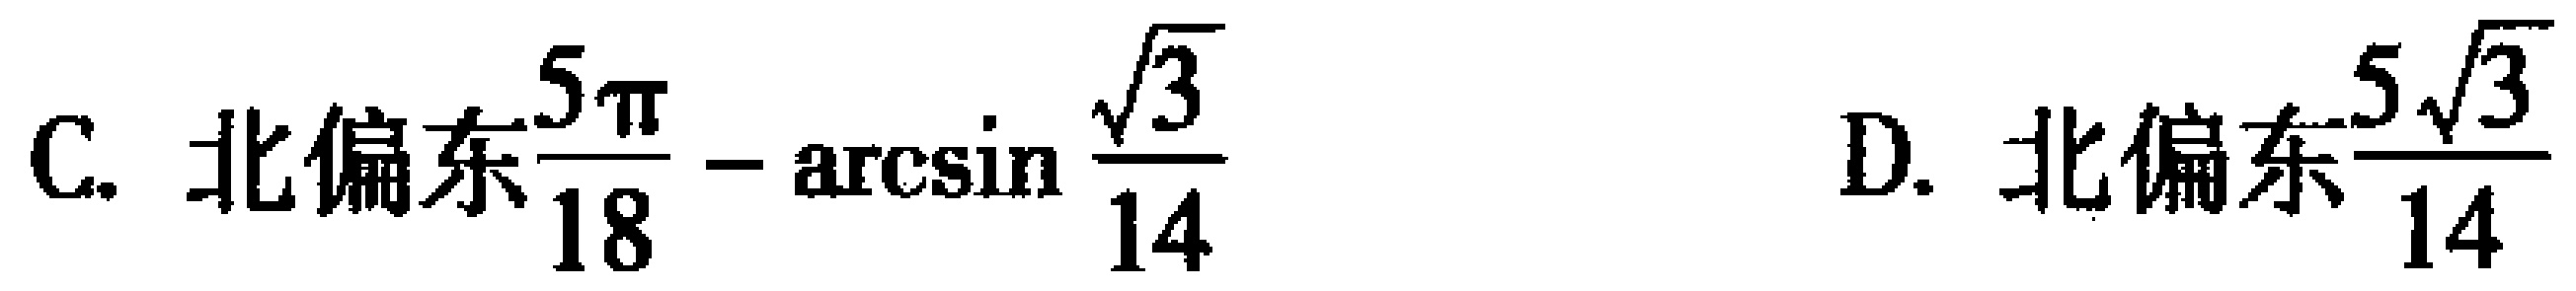
C. 北偏东$\dfrac{5\pi}{18}-\arcsin\dfrac{\sqrt{3}}{14}$  D. 北偏东$\dfrac{5\sqrt{3}}{14}$